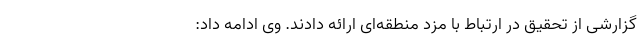
گزارشی از تحقیق در ارتباط با مزد منطقه‌ای ارائه دادند. وی ادامه داد: